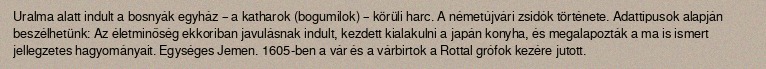
Uralma alatt indult a bosnyák egyház – a katharok (bogumilok) – körüli harc. A németújvári zsidók története. Adattípusok alapján beszélhetünk: Az életminőség ekkoriban javulásnak indult, kezdett kialakulni a japán konyha, és megalapozták a ma is ismert jellegzetes hagyományait. Egységes Jemen. 1605-ben a vár és a várbirtok a Rottal grófok kezére jutott.